Annual report of the Punjab Veterinary College and of the Civil Veterinary Department, Punjab - 1894-1908
Year: 1894
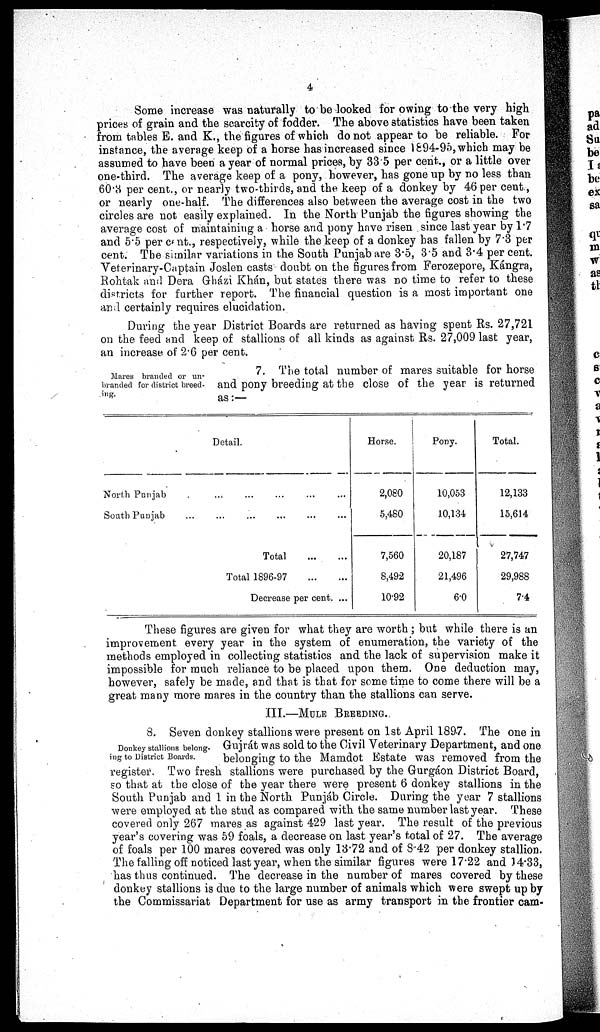
4
Some increase was naturally to be looked for owing to the very high
prices of grain and the scarcity of fodder. The above statistics have been taken
from tables E. and K., the figures of which do not appear to be reliable. For
instance, the average keep of a horse has increased since 1894-95, which may be
assumed to have been a year of normal prices, by 33.5 per cent., or a little over
one-third. The average keep of a pony, however, has gone up by no less than
60.3 per cent., or nearly two-thirds, and the keep of a donkey by 46 per cent.,
or nearly one-half. The differences also between the average cost in the two
circles are not easily explained. In the North Punjab the figures showing the
average cost of maintaining a horse and pony have risen since last year by 1.7
and 5.5 per cent., respectively, while the keep of a donkey has fallen by 7.3 per
cent. The similar variations in the South Punjab are 3.5, 3.5 and 3.4 per cent.
Veterinary-Captain Joslen casts doubt on the figures from Ferozepore, Kángra,
Rohtak and Dera Gházi Khán, but states there was no time to refer to these
districts for further report. The financial question is a most important one
and certainly requires elucidation.
During the year District Boards are returned as having spent Rs. 27,721
on the feed and keep of stallions of all kinds as against Rs. 27,009 last year,
an increase of 2.6 per cent.
Mares branded or un-
branded for district breed-
ing.
7. The total number of mares suitable for horse
and pony breeding at the close of the year is returned
as:—
Detail.
North Punjab.... .... ... ... ....
South Punjab
...
...
...
...
...
...
Total
...
...
Total 1896-97...
...
Decrease per cent ...
Horse.
2,080
5,480
7,560
8,492
10.92
Pony.
10,053
10,134
20,187
21,496
6.0
Total.
12,133
15,614
27,747
29,988
7.4
These figures are given for what they are worth ; but while there is an
improvement every year in the system of enumeration, the variety of the
methods employed in collecting statistics and the lack of supervision make it
impossible for much reliance to be placed upon them. One deduction may,
however, safely be made, and that is that for some time to come there will be a
great many more mares in the country than the stallions can serve.
III.—MULE BREEDING.
Donkey stallions belong-
ing to District Boards.
8. Seven donkey stallions were present on 1st April 1897. The one in
Gujrát was sold to the Civil Veterinary Department, and one
belonging to the Mamdot Estate was removed from the
register. Two fresh stallions were purchased by the Gurgáon District Board,
so that at the close of the year there were present 6 donkey stallions in the
South Punjab and 1 in the North Punjáb Circle. During the year 7 stallions
were employed at the stud as compared with the same number last year. These
covered only 267 mares as against 429 last year. The result of the previous
year's covering was 59 foals, a decrease on last year's total of 27. The average
of foals per 100 mares covered was only 13.72 and of 8.42 per donkey stallion.
The falling off noticed last year, when the similar figures were 17.22 and 14.33,
has thus continued. The decrease in the number of mares covered by these
donkey stallions is due to the large number of animals which were swept up by
the Commissariat Department for use as army transport in the frontier cam-